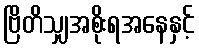
ဗြိတိသျှအစိုးရအနေနှင့်